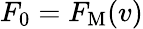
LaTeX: F_{0}=F_{\mathrm{M}}(v)